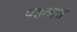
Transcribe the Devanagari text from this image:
पहतात